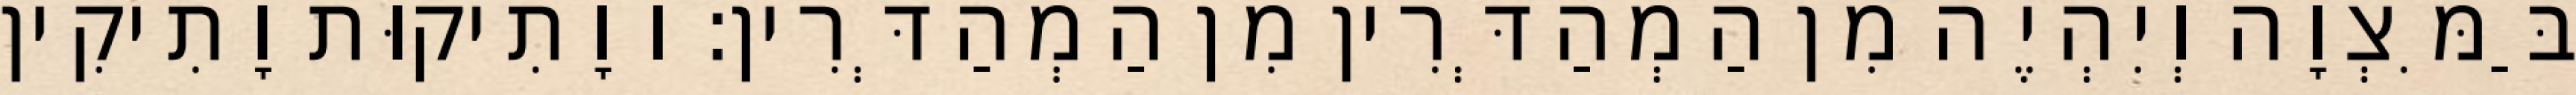
בַּמִּצְוָה וְיִהְיֶה מִן הַמְהַדְּרִין מִן הַמְהַדְּרִין: ו וָתִיקוּת וָתִיקִין